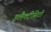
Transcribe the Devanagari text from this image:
इलैक्‍ट्रीसिटी